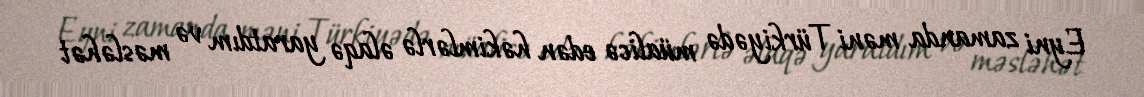
Eyni zamanda məni Türkiyədə müalicə edən həkimlərlə əlaqə yaratdım və məsləhət